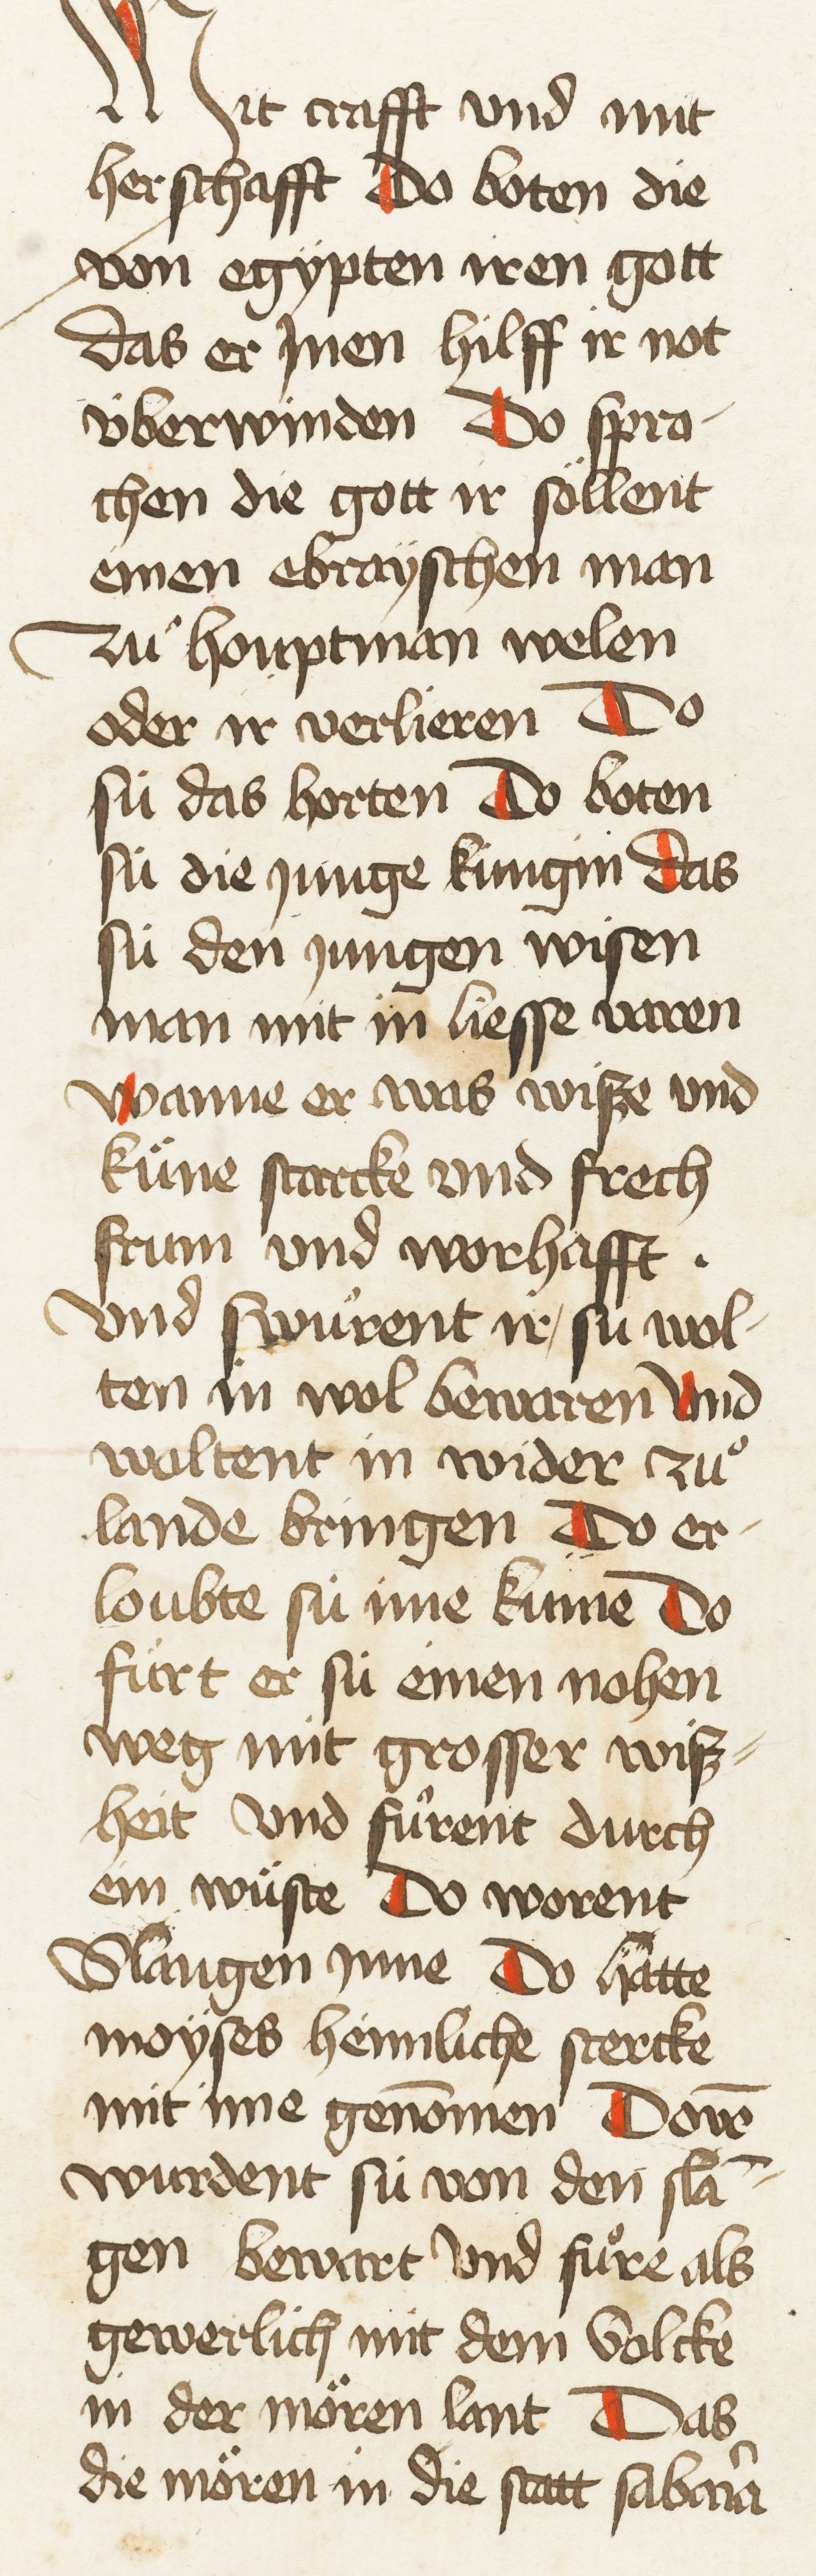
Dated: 1435–1465